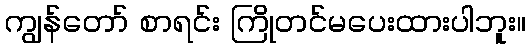
ကျွန်တော် စာရင်း ကြိုတင်မပေးထားပါဘူး။